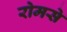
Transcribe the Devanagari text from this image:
रोमसे